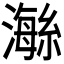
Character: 𤀇